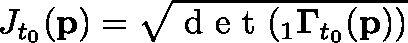
J _ { t _ { 0 } } ( \mathbf { p } ) = \sqrt { \textup { d e t } ( { } _ { 1 } \mathbf { \Gamma } _ { t _ { 0 } } ( \mathbf { p } ) ) }